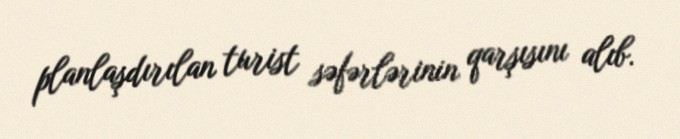
planlaşdırılan turist səfərlərinin qarşısını alıb.